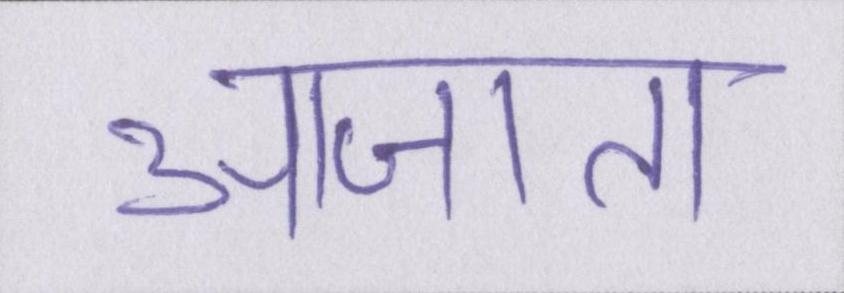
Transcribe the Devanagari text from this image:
आजा॑ता